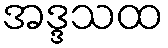
အဒ္ဒသထ